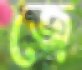
জে